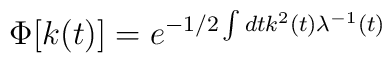
\Phi [k(t)] = e^{-1/2 \int dt k^{2} (t) \lambda ^{-1} (t)}